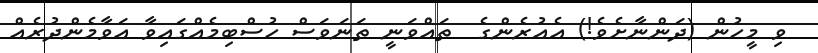
ވި މީހުން (ދަންނާށެވެ!) އެއުރެންގެ  ތައްވަނީ ތަނަވަސް ހުސްބިމެއްގައިވާ އަވާމެންދުރެއް